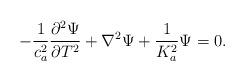
LaTeX: \begin{align*}-\frac{1}{c_a^2}\frac{\partial^2 \Psi}{\partial T^2}+\nabla^2\Psi +\frac{1}{K_a^2}\Psi=0.\end{align*}